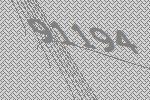
91194